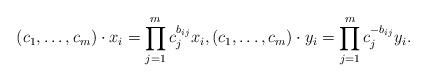
LaTeX: \begin{align*}(c_1,\ldots,c_m) \cdot x_i = \prod_{j=1}^m c_j^{b_{ij}} x_i, (c_1, \ldots, c_m) \cdot y_i = \prod_{j=1}^m c_j^{-b_{ij}} y_i.\end{align*}